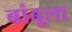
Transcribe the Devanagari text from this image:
बांबूला